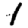
Digit: 1